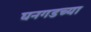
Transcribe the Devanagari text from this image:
घनगडच्या